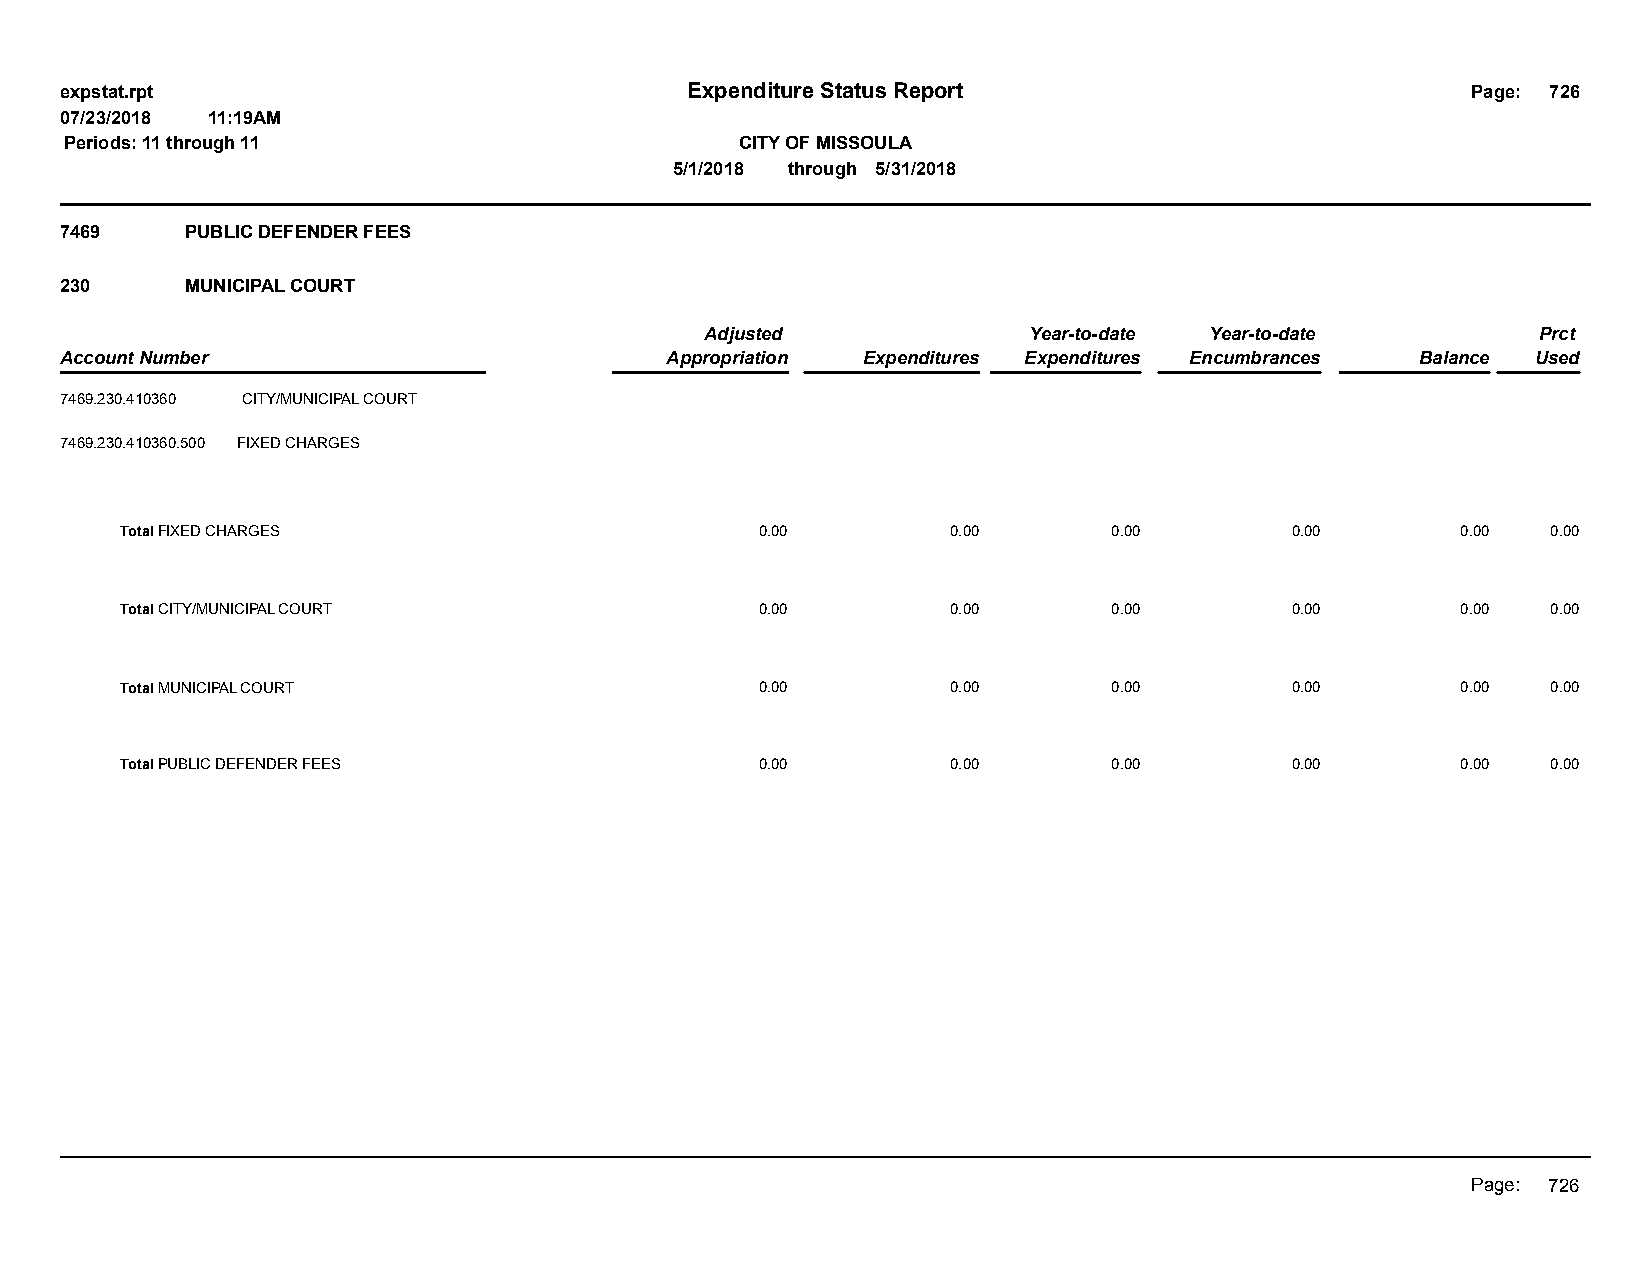
expstat.rpt                              Expenditure Status Report                           Page: 726
 07/23/2018 11:19AM
 Periods: 11 through 11                       CITY OF MISSOULA
 5/1/2018 through 5/31/2018
 7469    PUBLIC DEFENDER FEES
 230     MUNICIPAL COURT
 Adjusted             Year-to-date Year-to-date         Prct
 Account Number                          Appropriation Expenditures Expenditures Encumbrances Balance Used
 7469.230.410360 CITY/MUNICIPAL COURT
 7469.230.410360.500 FIXED CHARGES
 Total FIXED CHARGES                       0.00         0.00       0.00       0.00        0.00  0.00
 Total CITY/MUNICIPAL COURT                0.00         0.00       0.00       0.00        0.00  0.00
 Total MUNICIPAL COURT                     0.00         0.00       0.00       0.00        0.00  0.00
 Total PUBLIC DEFENDER FEES                0.00         0.00       0.00       0.00        0.00  0.00
 Page: 726